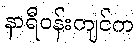
နာရီဝန်းကျင်က